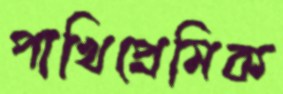
পাখিপ্রেমিক